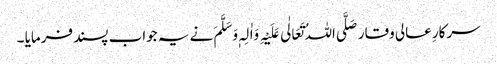
سرکارِ عالی وقار صَلَّی اللہُ تَعَالٰی عَلَیْہِ وَاٰلِہٖ وَسَلَّمَ نے یہ جواب پسند فرمایا ۔